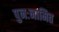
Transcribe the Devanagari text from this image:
पुनःनामित